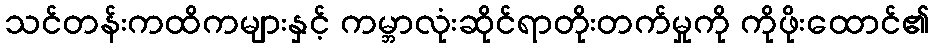
သင်တန်းကထိကများနှင့် ကမ္ဘာလုံးဆိုင်ရာတိုးတက်မှုကို ကိုဖိုးထောင်၏